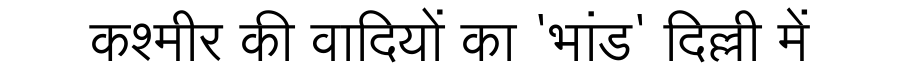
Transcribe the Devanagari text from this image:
कश्मीर की वादियों का 'भांड' दिल्ली में